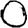
Digit: 0